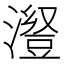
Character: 𱩁